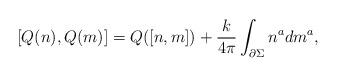
LaTeX: \begin{align*}\lbrack Q(n),Q(m)]=Q([n,m])+{\frac k{4\pi }}\int_{{\partial }\Sigma }n^adm^a,\end{align*}